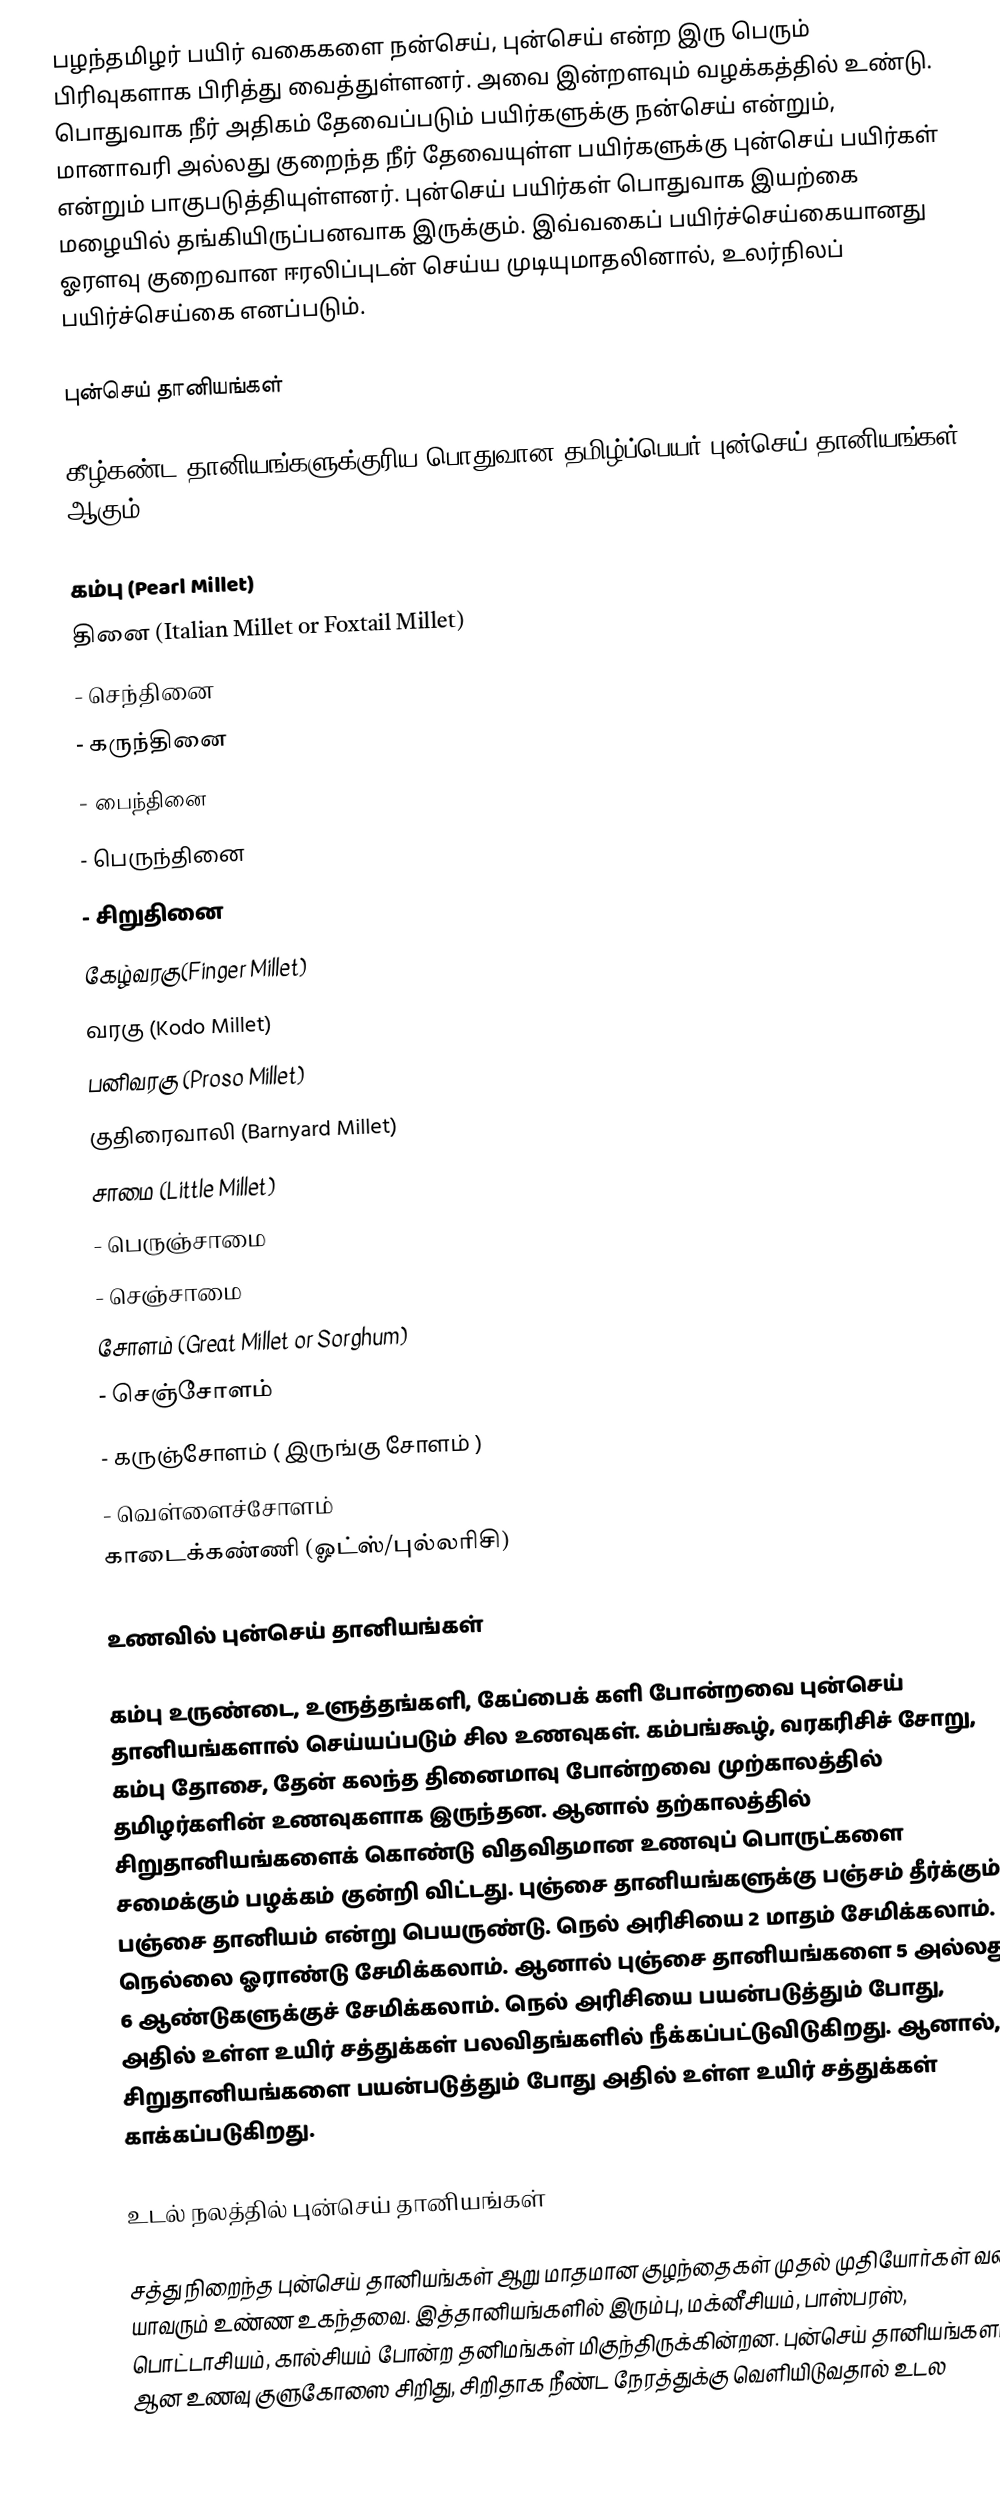
பழந்தமிழர் பயிர் வகைகளை நன்செய், புன்செய் என்ற இரு பெரும் பிரிவுகளாக பிரித்து வைத்துள்ளனர். அவை இன்றளவும் வழக்கத்தில் உண்டு. பொதுவாக நீர் அதிகம் தேவைப்படும் பயிர்களுக்கு நன்செய் என்றும், மானாவரி அல்லது குறைந்த நீர் தேவையுள்ள பயிர்களுக்கு புன்செய் பயிர்கள் என்றும் பாகுபடுத்தியுள்ளனர். புன்செய் பயிர்கள் பொதுவாக இயற்கை மழையில் தங்கியிருப்பனவாக இருக்கும். இவ்வகைப் பயிர்ச்செய்கையானது ஓரளவு குறைவான ஈரலிப்புடன் செய்ய முடியுமாதலினால், உலர்நிலப் பயிர்ச்செய்கை எனப்படும்.

புன்செய் தானியங்கள்

கீழ்கண்ட தானியங்களுக்குரிய பொதுவான தமிழ்ப்பெயர் புன்செய் தானியங்கள் ஆகும்.

கம்பு  (Pearl Millet)
 தினை (Italian Millet or Foxtail Millet)
- செந்தினை
- கருந்தினை
- பைந்தினை
- பெருந்தினை
- சிறுதினை
கேழ்வரகு(Finger Millet)
வரகு (Kodo Millet)
 பனிவரகு (Proso Millet)
குதிரைவாலி (Barnyard Millet)
சாமை (Little Millet)
- பெருஞ்சாமை
- செஞ்சாமை
சோளம் (Great Millet or Sorghum)
- செஞ்சோளம்
- கருஞ்சோளம் ( இருங்கு சோளம் )
- வெள்ளைச்சோளம்
காடைக்கண்ணி (ஓட்ஸ்/புல்லரிசி)

உணவில் புன்செய் தானியங்கள்

கம்பு உருண்டை, உளுத்தங்களி, கேப்பைக் களி போன்றவை புன்செய் தானியங்களால் செய்யப்படும் சில உணவுகள். கம்பங்கூழ், வரகரிசிச் சோறு, கம்பு தோசை, தேன் கலந்த தினைமாவு போன்றவை முற்காலத்தில் தமிழர்களின் உணவுகளாக இருந்தன. ஆனால் தற்காலத்தில் சிறுதானியங்களைக் கொண்டு விதவிதமான உணவுப் பொருட்களை சமைக்கும் பழக்கம் குன்றி விட்டது. புஞ்சை தானியங்களுக்கு பஞ்சம் தீர்க்கும் பஞ்சை தானியம் என்று பெயருண்டு. நெல் அரிசியை 2 மாதம் சேமிக்கலாம். நெல்லை ஓராண்டு சேமிக்கலாம். ஆனால் புஞ்சை தானியங்களை 5 அல்லது 6 ஆண்டுகளுக்குச் சேமிக்கலாம். நெல் அரிசியை பயன்படுத்தும் போது, அதில் உள்ள உயிர் சத்துக்கள் பலவிதங்களில் நீக்கப்பட்டுவிடுகிறது. ஆனால், சிறுதானியங்களை பயன்படுத்தும் போது அதில் உள்ள உயிர் சத்துக்கள் காக்கப்படுகிறது.

உடல் நலத்தில் புன்செய் தானியங்கள்

சத்து நிறைந்த புன்செய் தானியங்கள் ஆறு மாதமான குழந்தைகள் முதல் முதியோர்கள் வரை யாவரும் உண்ண உகந்தவை. இத்தானியங்களில் இரும்பு, மக்னீசியம், பாஸ்பரஸ், பொட்டாசியம், கால்சியம் போன்ற தனிமங்கள் மிகுந்திருக்கின்றன. புன்செய் தானியங்களால் ஆன உணவு குளுகோஸை சிறிது, சிறிதாக நீண்ட நேரத்துக்கு வெளியிடுவதால் உடல